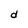
Character: d